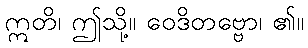
ဣတိ၊ ဤသို့။ ဝေဒိတဗ္ဗော၊ ၏။